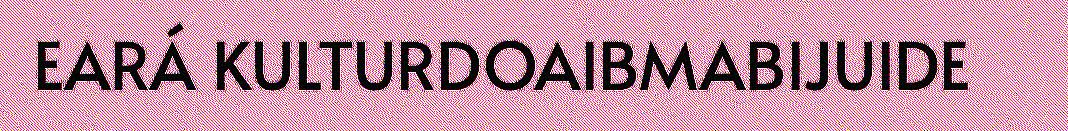
EARÁ KULTURDOAIBMABIJUIDE